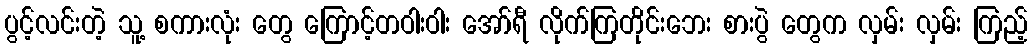
ပွင့်လင်းတဲ့ သူ့ စကားလုံး တွေ ကြောင့်တဝါးဝါး အော်ရီ လိုက်ကြတိုင်းဘေး စားပွဲ တွေက လှမ်း လှမ်း ကြည့်